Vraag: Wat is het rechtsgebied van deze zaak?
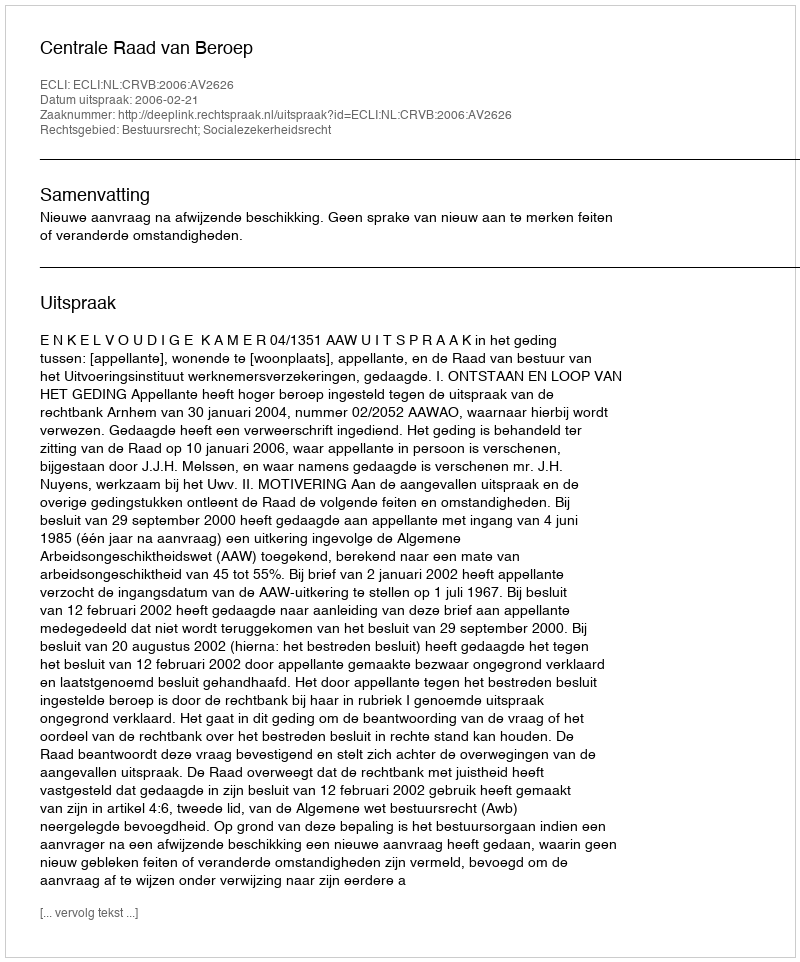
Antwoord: Bestuursrecht; Socialezekerheidsrecht